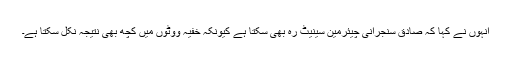
انہوں نے کہا کہ صادق سنجرانی چیئرمین سینیٹ رہ بھی سکتا ہے کیونکہ خفیہ ووٹوں میں کچھ بھی نتیجہ نکل سکتا ہے۔